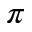
\pi